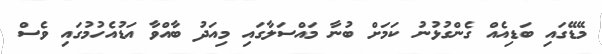
މޭޑޭގައި ބަޑިއެއް ގެންގުޅުނު ކަމަށް ބުނާ މައްސަލާގައި މިއަދު ބާއްވާ އަޑުއެހުމުގައި ވެސް